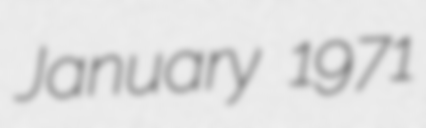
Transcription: January 1971